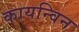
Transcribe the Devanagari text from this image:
कायन्विन